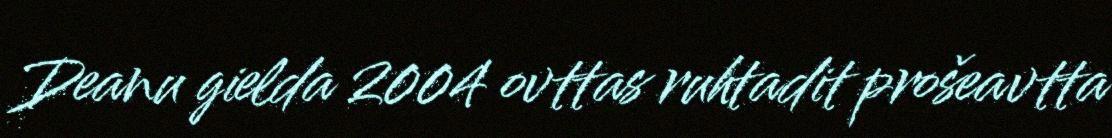
Deanu gielda 2004 ovttas ruhtadit prošeavtta